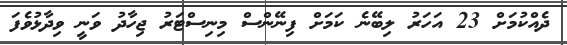
ދެއްކުމަށް 23 އަހަރު ލިބޭނެ ކަމަށް ފިނޭންސް މިނިސްޓަރު ޖިހާދު ވަނީ ވިދާޅުވެފަ